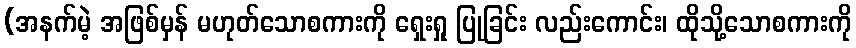
(အနက်မဲ့ အဖြစ်မှန် မဟုတ်သောစကားကို ရှေးရှု ပြုခြင်း လည်းကောင်း၊ ထိုသို့သောစကားကို